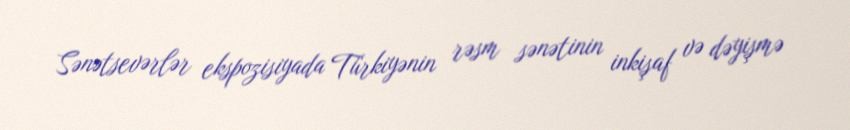
Sənətsevərlər ekspozisiyada Türkiyənin rəsm sənətinin inkişaf və dəyişmə